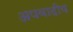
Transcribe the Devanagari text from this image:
अपवादीय